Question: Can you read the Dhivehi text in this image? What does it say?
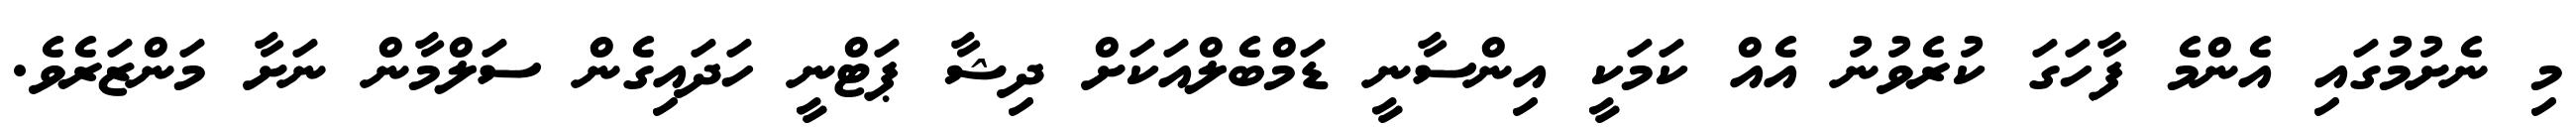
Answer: މި ނެށުމުގައި އެންމެ ފާހަގަ ކުރެވުނު އެއް ކަމަކީ އިންސާނީ ޑަމްބެލްއަކަށް ދިޝާ ޕަޓްނީ ހަދައިގެން ސަލްމާން ނަށާ މަންޒަރެވެ.